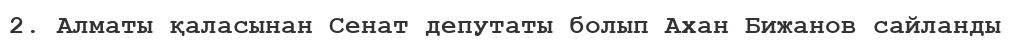
2. Алматы қаласынан Сенат депутаты болып Ахан Бижанов сайланды